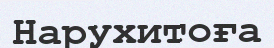
Нарухитоға